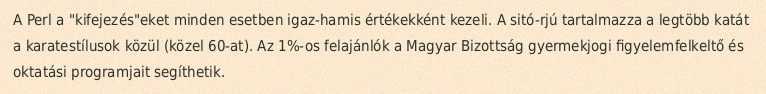
A Perl a "kifejezés"eket minden esetben igaz-hamis értékekként kezeli. A sitó-rjú tartalmazza a legtöbb katát a karatestílusok közül (közel 60-at). Az 1%-os felajánlók a Magyar Bizottság gyermekjogi figyelemfelkeltő és oktatási programjait segíthetik.